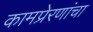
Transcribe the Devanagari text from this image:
कामप्रेरणांचा